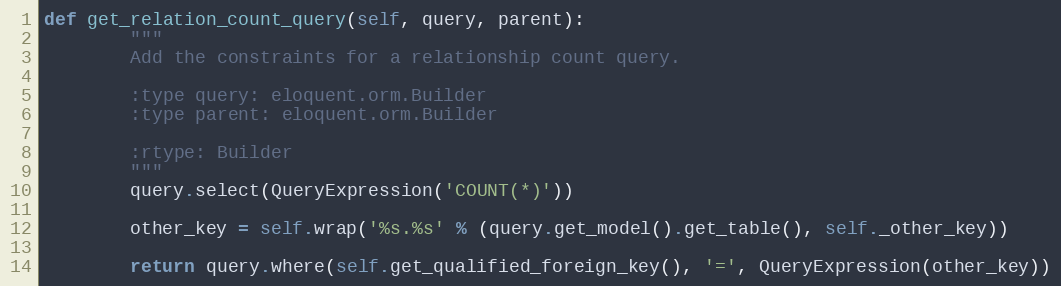
Language: Python
def get_relation_count_query(self, query, parent):
        """
        Add the constraints for a relationship count query.

        :type query: eloquent.orm.Builder
        :type parent: eloquent.orm.Builder

        :rtype: Builder
        """
        query.select(QueryExpression('COUNT(*)'))

        other_key = self.wrap('%s.%s' % (query.get_model().get_table(), self._other_key))

        return query.where(self.get_qualified_foreign_key(), '=', QueryExpression(other_key))